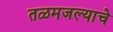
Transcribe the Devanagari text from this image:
तळमजल्याचे